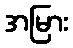
အမြား